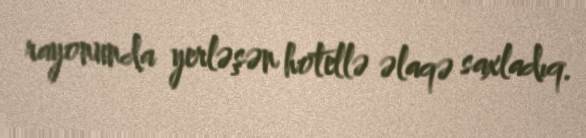
rayonunda yerləşən hotellə əlaqə saxladıq.